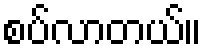
စပ်လာတယ်။